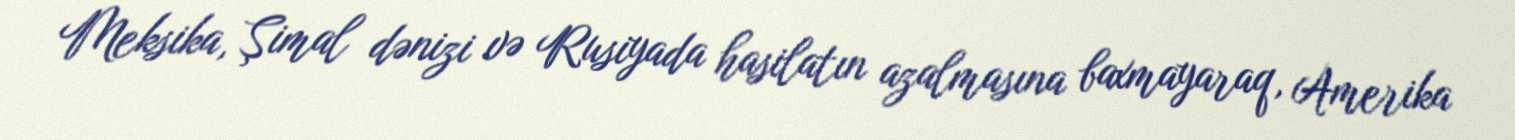
Meksika, Şimal dənizi və Rusiyada hasilatın azalmasına baxmayaraq, Amerika